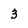
Character: 3